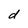
Character: d